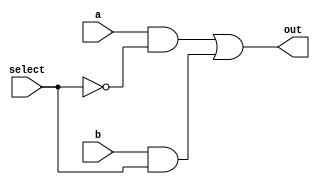
`timescale 1ns / 1ps

module mux(out,a,b,select);
output wire out;
input wire a, b, select;
//select determines whether to consider a or b.
assign out=(a&~select)|(b&select); 
 
endmodule